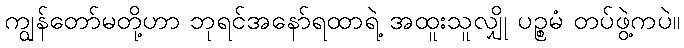
ကျွန်တော်မတို့ဟာ ဘုရင်အနော်ရထာရဲ့ အထူးသူလျှို ပဉ္စမံ တပ်ဖွဲ့ကပဲ။